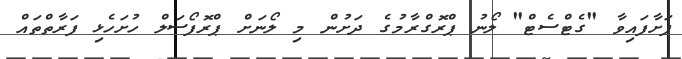
ފަށާފައިވާ "ގެޓްސެޓް" ލޯނު ޕްރޮގްރާމުގެ ދަށުން މި ލޯނަށް ޕްރޮފޯސަލް ހުށަހެޅި ފަރާތްތައް